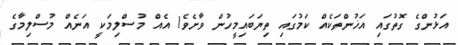
އަޅުންގެ ގޮތުގައި އަޚުންތަކެއް ކަމުގައި ތިޔަބައިމީހުން ވާށެވެ! އެއް މުސްލިމަކީ އަނެއް މުސްލިމާގެ